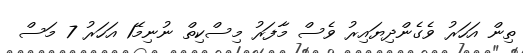
ތިން އަހަރު ވެގެންދިޔައިރު ވެސް މާފަރު މިސްކިތް ނުނިމޭ1 އަހަރު 7 މަސް